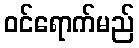
ဝင်ရောက်မည်